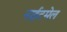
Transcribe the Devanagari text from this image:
नाईटमेल